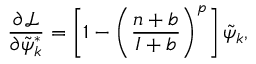
\frac { \partial \mathcal { L } } { \partial \tilde { \psi } _ { k } ^ { * } } = \left[ 1 - \left( \frac { n + b } { I + b } \right) ^ { p } \right] \tilde { \psi } _ { k } ,